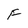
Character: F